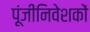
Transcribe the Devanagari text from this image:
पूंजीनिवेशकों